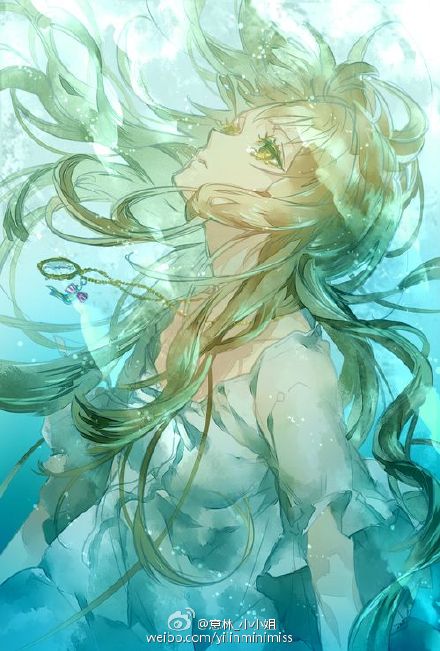
斜日更穿帘幕，微凉渐入梧桐。